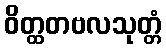
ဝိတ္ထတဗလသုတ္တံ